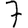
Digit: 7